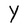
Character: Y